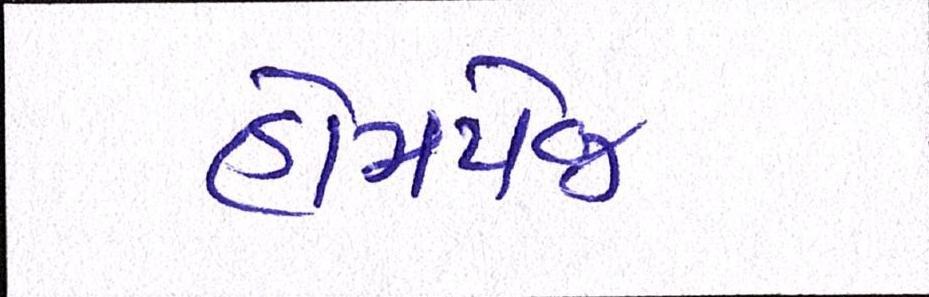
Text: હોમપેજ